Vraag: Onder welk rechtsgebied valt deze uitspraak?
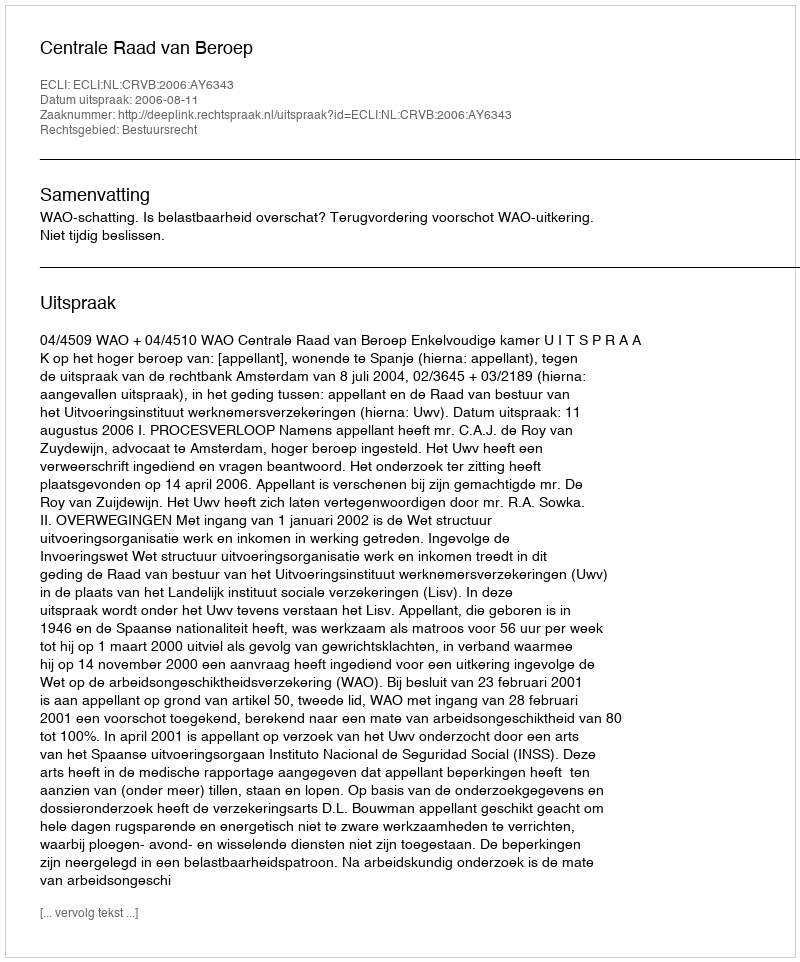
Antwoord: Bestuursrecht